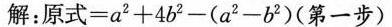
解：$$原式 = a ^ { 2 } + 4 b ^ { 2 } - ( a ^ { 2 } - b ^ { 2 } ) (第一步)